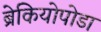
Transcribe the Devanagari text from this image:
ब्रेकियोपोडा